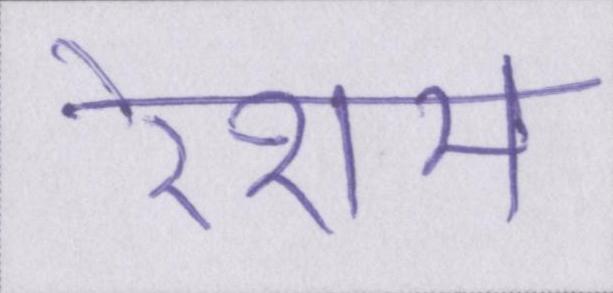
रेशम